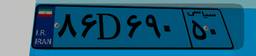
۸۶D۶۹۰۵۰